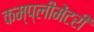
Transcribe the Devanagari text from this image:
कम्प्लीमेंटरी